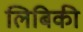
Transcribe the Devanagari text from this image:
लिबिकी